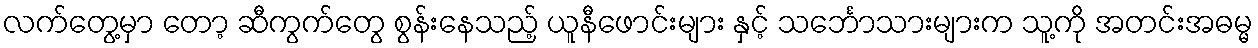
လက်တွေ့မှာ တော့ ဆီကွက်တွေ စွန်းနေသည့် ယူနီဖောင်းများ နှင့် သင်္ဘောသားများက သူ့ကို အတင်းအဓမ္မ